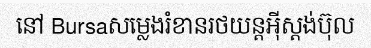
នៅ Bursaសម្លេងរំខានរថយន្តអ៊ីស្តង់ប៊ុល